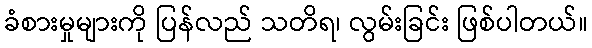
ခံစားမှုများကို ပြန်လည် သတိရ၊ လွမ်းခြင်း ဖြစ်ပါတယ်။